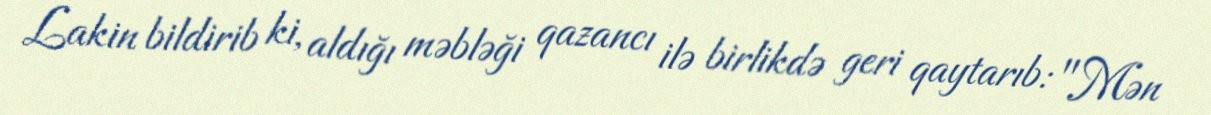
Lakin bildirib ki, aldığı məbləği qazancı ilə birlikdə geri qaytarıb: "Mən